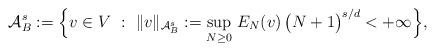
LaTeX: \begin{align*} \mathcal{A}_B^s:= { \Big\{ v \in V \ : \ \Vert v \Vert_{{\mathcal A}^{s}_B}:= \sup_{N \geq 0} \, E_N(v) \, \big(N+1\big)^{s/d} < +\infty \Big\}},\end{align*}